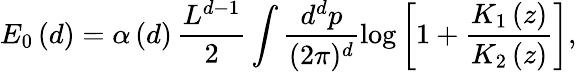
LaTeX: E_{0}\left(d\right)=\alpha\left(d\right)\, \frac{L^{d-1}}{2}\int\frac{d^{d}p}{(2\pi)^{d}}\log\left[1+\frac{K_{1}\left(z\right)}{K_{2}\left(z\right)}\right],